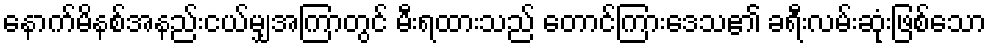
နောက်မိနစ်အနည်းငယ်မျှအကြာတွင် မီးရထားသည် တောင်ကြားဒေသ၏ ခရီးလမ်းဆုံးဖြစ်သော